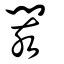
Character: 閡